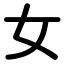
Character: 女